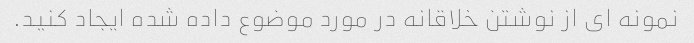
نمونه ای از نوشتن خلاقانه در مورد موضوع داده شده ایجاد کنید.